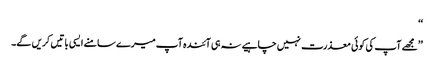
‘‘
’’مجھے آپ کی کوئی معذرت نہیں چاہیے نہ ہی آئندہ آپ میرے سامنے ایسی باتیں کریں گے۔